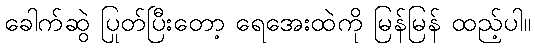
ခေါက်ဆွဲ ပြုတ်ပြီးတော့ ရေအေးထဲကို မြန်မြန် ထည့်ပါ။